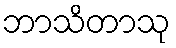
ဘာသိတာသု